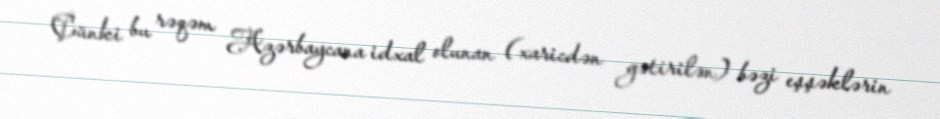
Çünki bu rəqəm Azərbaycana idxal olunan (xaricdən gətirilən) bəzi eşşəklərin